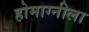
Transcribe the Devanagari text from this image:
होमाग्नीला